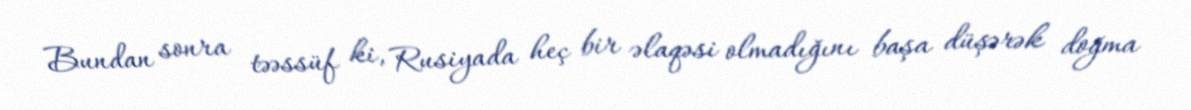
Bundan sonra təəssüf ki, Rusiyada heç bir əlaqəsi olmadığını başa düşərək doğma